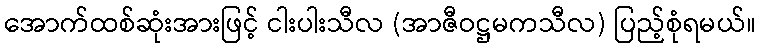
အောက်ထစ်ဆုံးအားဖြင့် ငါးပါးသီလ (အာဇီဝဋ္ဌမကသီလ) ပြည့်စုံရမယ်။